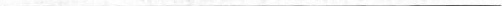
___